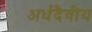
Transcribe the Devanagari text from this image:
अर्धदैवीय